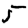
Digit: 5